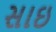
સાઇ